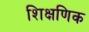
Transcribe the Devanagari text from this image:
शिक्षणिक